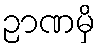
ဉာဏမှိ